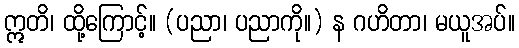
ဣတိ၊ ထို့ကြောင့်။ (ပညာ၊ ပညာကို။) န ဂဟိတာ၊ မယူအပ်။